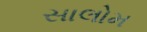
સાલોમ